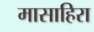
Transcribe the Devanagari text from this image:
मासाहिरा